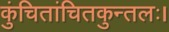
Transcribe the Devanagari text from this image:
कुंचितांचितकुन्तलः।